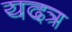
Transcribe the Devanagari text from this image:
यदत्र